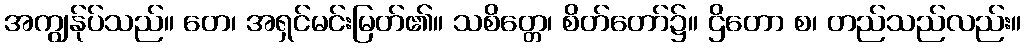
အကျွန်ုပ်သည်။ တေ၊ အရှင်မင်းမြတ်၏။ သစိတ္တေ၊ စိတ်တော်၌။ ဌိတော စ၊ တည်သည်လည်း။